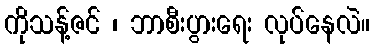
ကိုသန့်ဇင် ၊ ဘာစီးပွားရေး လုပ်နေလဲ။